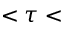
< \tau <